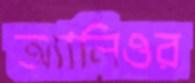
অ্যালিওর